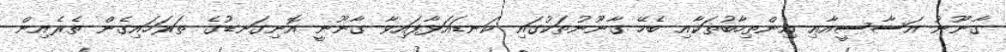
ގާނޫނު އަސާސީއާޢި އިންތިހާބުތަކާއި ބެހޭ ގާނޫނުތަކުގައި ކަނޑައަޅާފައިވާ ގާނޫނީ އޮނިގަނޑުގެ ތަރަހައިގެން ތެރެއިން